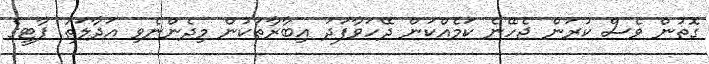
ގޮތުން ވެސް ކުރަން ޖެހޭނެ ކަމެއްކަން ދޭހަވާފަދަ އިބާރާތަކުން މިދެންނެވި އަދާލަތު ޕާޓީގެ